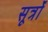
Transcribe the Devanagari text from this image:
सूर्त्रों